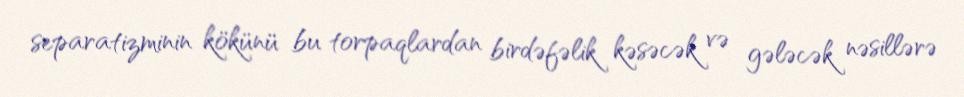
separatizminin kökünü bu torpaqlardan birdəfəlik kəsəcək və gələcək nəsillərə